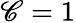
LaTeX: \mathscr{C}=1